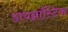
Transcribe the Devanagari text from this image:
डायग्नॉस्टिक